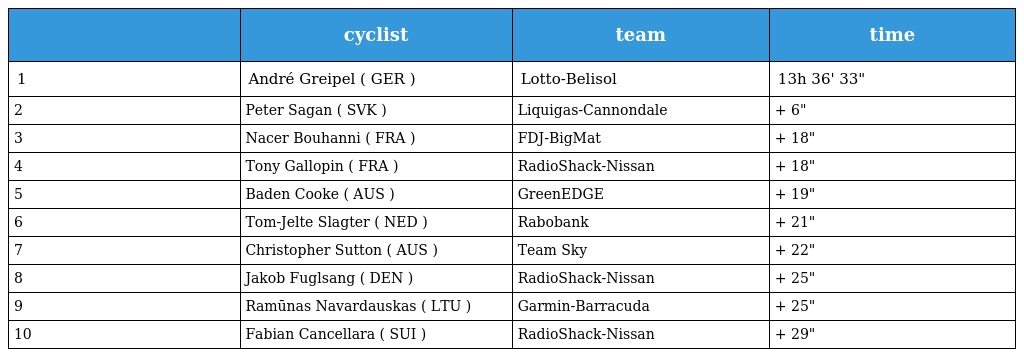
|  | cyclist | team | time |
 | --- | --- | --- | --- |
 | 1 | André Greipel ( GER ) | Lotto-Belisol | 13h 36' 33" |
 | 2 | Peter Sagan ( SVK ) | Liquigas-Cannondale | + 6" |
 | 3 | Nacer Bouhanni ( FRA ) | FDJ-BigMat | + 18" |
 | 4 | Tony Gallopin ( FRA ) | RadioShack-Nissan | + 18" |
 | 5 | Baden Cooke ( AUS ) | GreenEDGE | + 19" |
 | 6 | Tom-Jelte Slagter ( NED ) | Rabobank | + 21" |
 | 7 | Christopher Sutton ( AUS ) | Team Sky | + 22" |
 | 8 | Jakob Fuglsang ( DEN ) | RadioShack-Nissan | + 25" |
 | 9 | Ramūnas Navardauskas ( LTU ) | Garmin-Barracuda | + 25" |
 | 10 | Fabian Cancellara ( SUI ) | RadioShack-Nissan | + 29" |